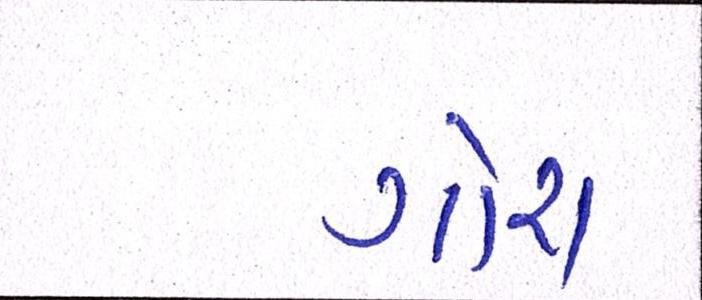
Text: ગોરા